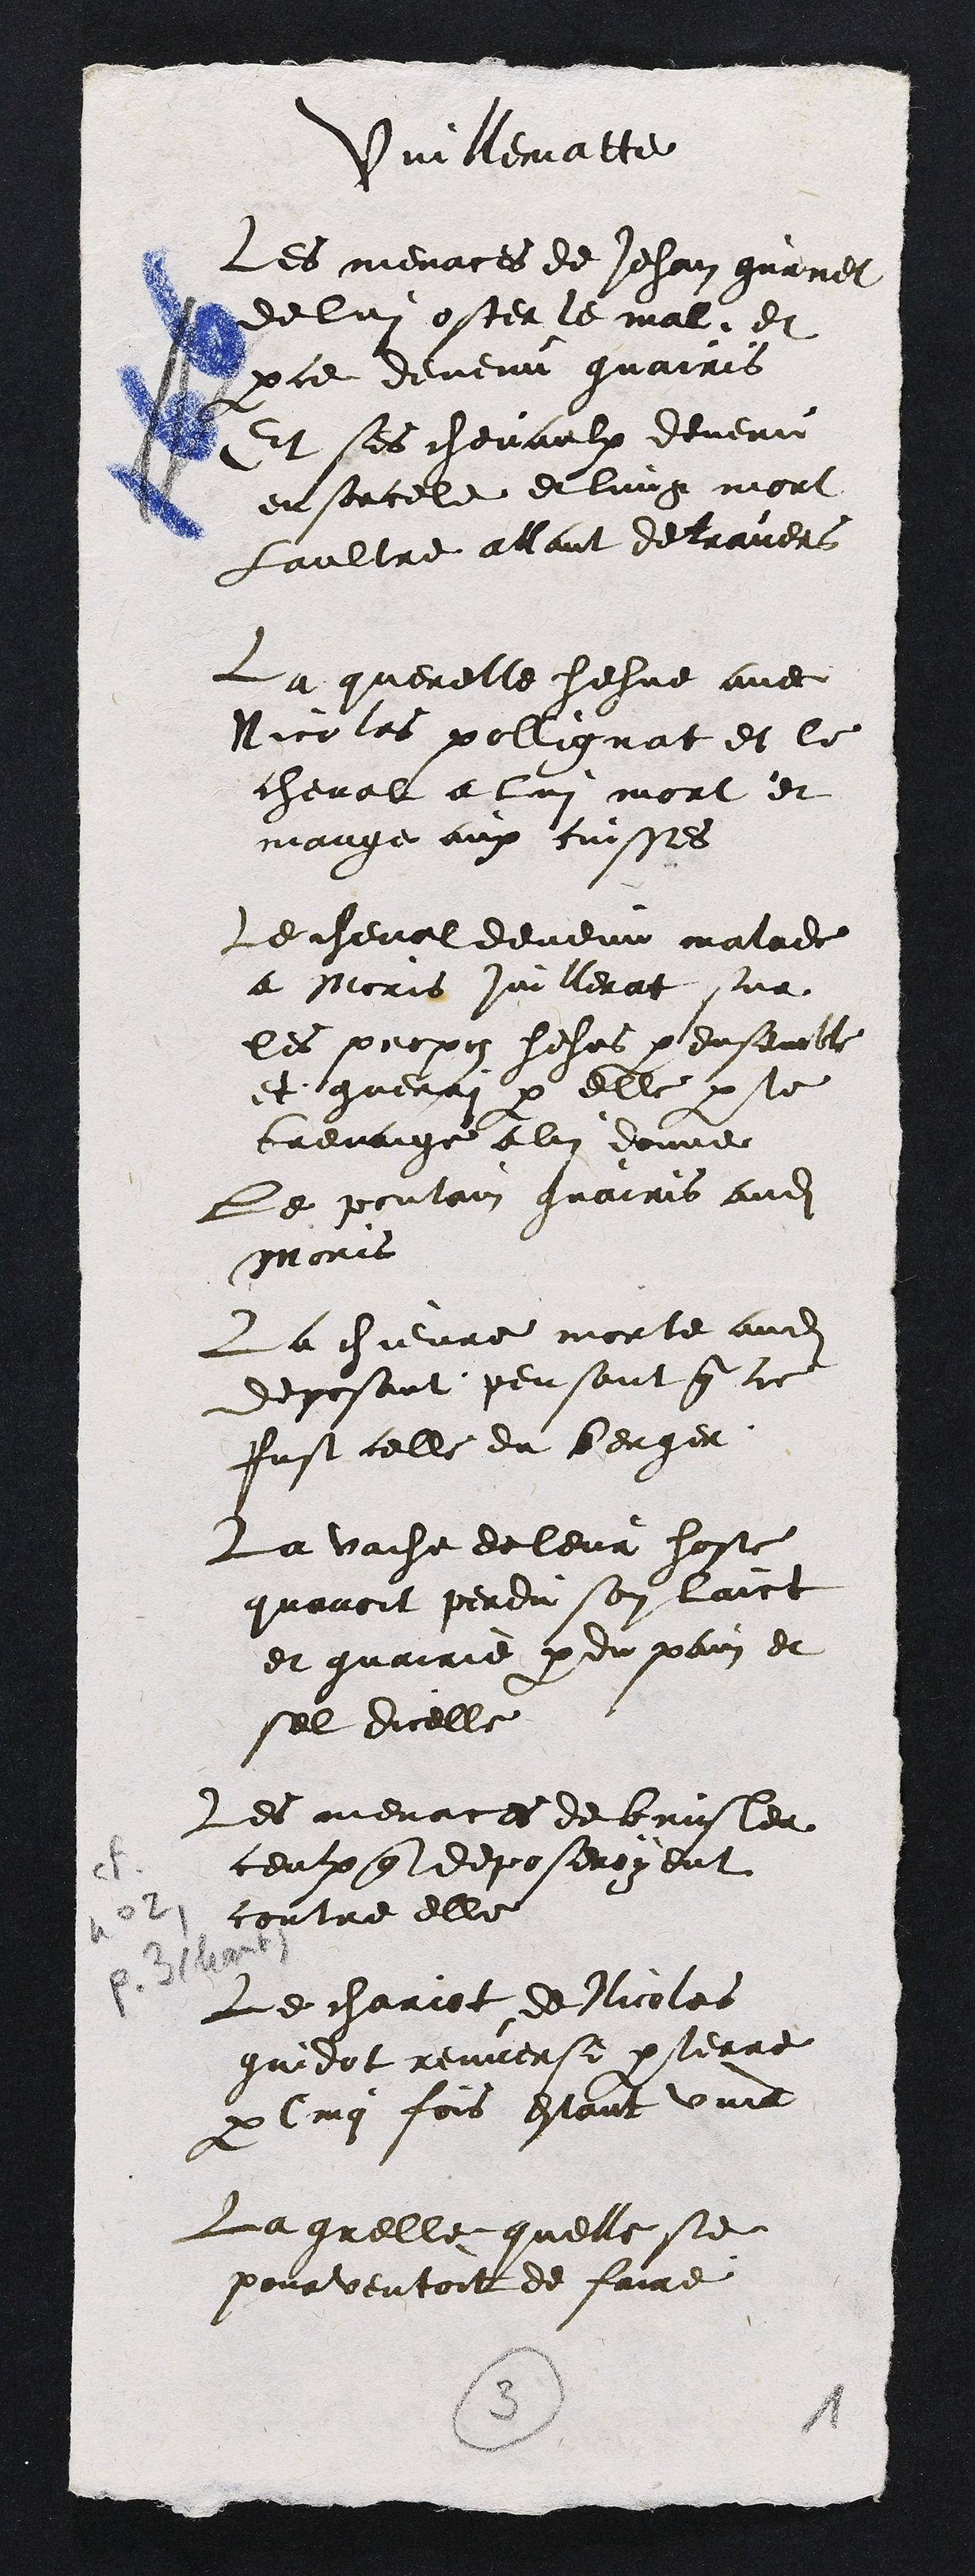
Vuillematte
Les menaces de Jehan guenet
de lui oster le mal et
parce devenu guairis
Et ses chevaulx devenu
ensorcele et lung mort
laultre allant de travers
La querelle hehue avec
Nicolas pollignat et le
cheval a lui mort et
mange aux cuisses
Le cheval devenu malade
a Moris Juillerat sur
les propos hehus par ensemble
et guerri par elle par le
brevaige a lui donne
Le poulain guairis audit
Moris
La chievre morte audit
deposant pensant que ce
fust celle du berger
La vache de leur hoste
quavoit perdu son laict
et guairie par du pain et
sel dicelle
Les menaces de brusler
ceulx que deposeroyent
contre elle
Le chariot de Nicolas
gaidot renverse par terre
par cinq fois estant vuid
La grelle quelle se
pourventoit de faire